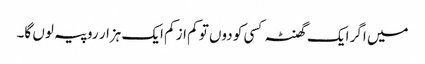
میں اگر ایک گھنٹہ کسی کو دوں تو کم از کم ایک ہزار روپیہ لوں گا۔